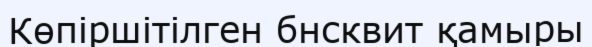
Көпіршітілген бнсквит қамыры